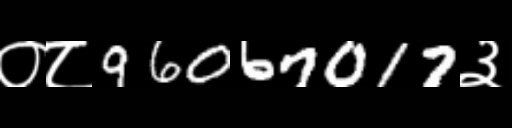
Text: ०८96067017३